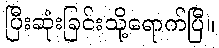
ပြီးဆုံးခြင်းသို့ရောက်ပြီ။